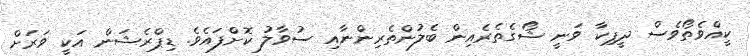
ކީއްވެތޯވެސް ދީޕިކާ ވަނީ ޝޯގެތެރެއިން ބެލުންތެރިންނާއި ސުވާލު ކޮށްފައެވެ. ޑިޕްރެޝަން އަކީ ވަރަށް